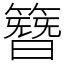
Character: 簪